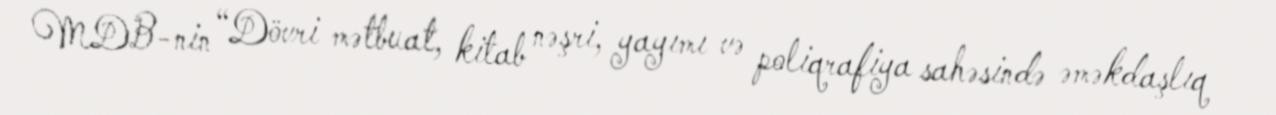
MDB-nin “Dövri mətbuat, kitab nəşri, yayımı və poliqrafiya sahəsində əməkdaşlıq